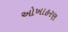
ઓખાહરણ